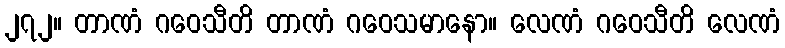
၂၇၂။ တာဏံ ဂဝေသီတိ တာဏံ ဂဝေသမာနော။ လေဏံ ဂဝေသီတိ လေဏံ